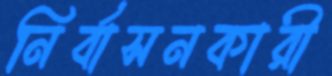
নির্বাসনকারী